Scottish Leaving Certificate Examination, 1957
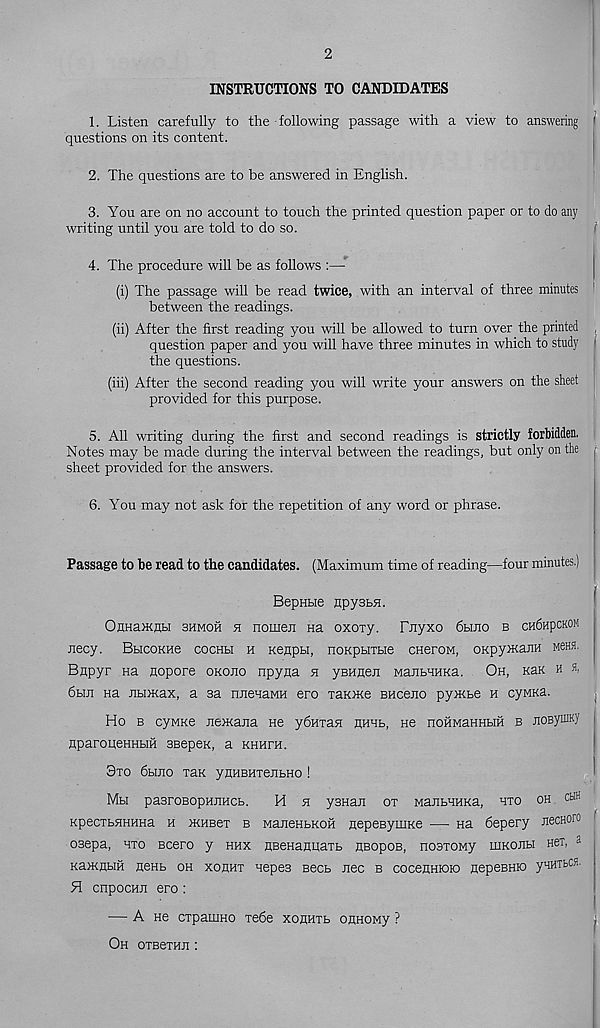
2
INSTRUCTIONS TO CANDIDATES
1. Listen carefully to the following passage with a view to answering 1
questions on its content.
2. The questions are to be answered in English.
3. You are on no account to touch the printed question paper or to do any
writing until you are told to do so.
1
4. The procedure will be as follows :—-
(i) The passage will be read twice, with an interval of three minutes I
between the readings.
(ii) After the first reading you will be allowed to turn over the printed
question paper and you will have three minutes in which to study 1
the questions.
(iii) After the second reading you will write your answers on the sheet
provided for this purpose.
5. All writing during the first and second readings is strictly forbidden,
Notes may be made during the interval between the readings, but only on the r
sheet provided for the answers.
6. You may not ask for the repetition of any word or phrase.
Passage to be read to the candidates. (Maximum time of reading—four minutes.)
BepHtie Hpystfl.
OHHarKnbi shmoh h nomen Ha oxory. Tnyxo 6hjio b ch6hpckom
necy. BbicoKHe cochh h Kenpbi, noKpbiTbie cneroM, 0Kpy*ajiH mshh.
Bnpyr na nopore okojio npyna h yBnnen ManbHHKa. Oh, kuk h
6bm na nbimax, a sa nnenaMH ero xaiOKe BHceno pyxebe h cyMKa.
Ho b cyMKe nemana He ydHxax hhhb, He noHMaHHbra b jioBynJKy
nparoHeHHbm BBepen, a khhxh.
3xo 6buio xan yHHBHxeubHo !
Mbi pasroBopHiiHCb.
H a ysHan ox ManbHHKa, hxo oh cuh
KpecxbHHHHa h mHBex b ManeHbKOH flepeByuiKe — na 6epery JiecHoro
osepa, hxo Bcero y hhx nBenanHaxb nsopoB, nooxoMy ihkojih Her, a
Kaxenbm HeHb oh xohhx Hepes secb nee b cocennioio nepeBHio ynuxbosi,
H cnpocHn ero :
— A He cxpamno xe6e xohhxb ounoMy ?
Oh oxBexnn :